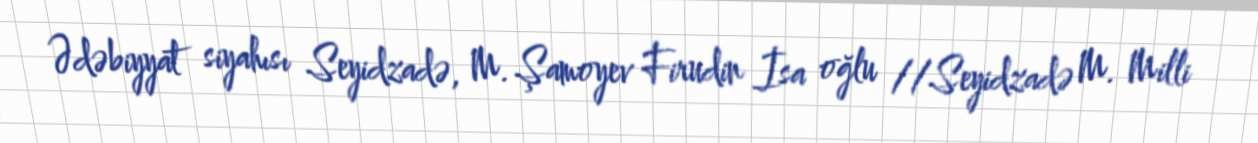
Ədəbiyyat siyahısı Seyidzadə, M. Şamoyev Firudin İsa oğlu //Seyidzadə M. Milli